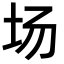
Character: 场